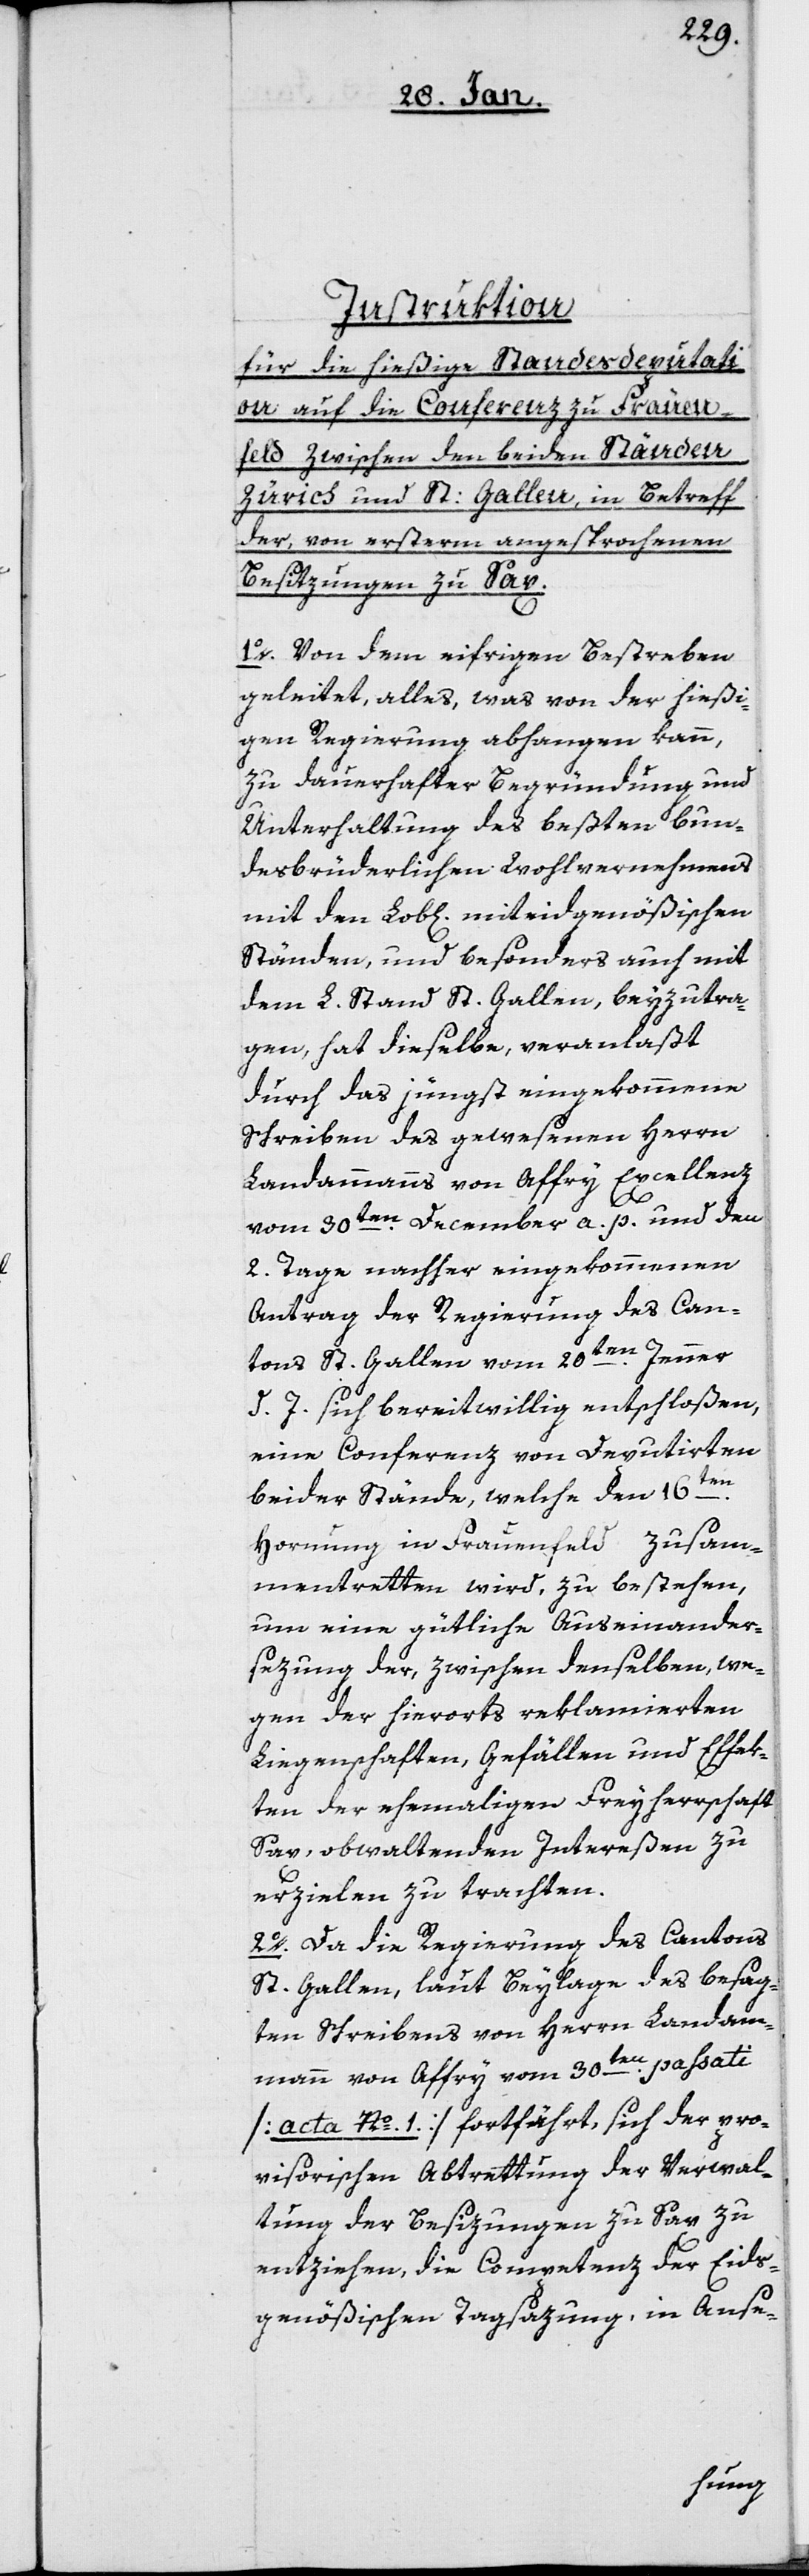
Instruktion
für die hießige Standesdeputati¬
on auf die Conferenz zu Frauen¬
feld zwischen den beiden Ständen
Zürich und St. Gallen, in Betreff
der, von ersterm angesprochenen
Besitzungen zu Sax.
1o. Von dem eifrigen Bestreben
geleitet, alles, was von der hießi¬
gen Regierung abhangen kann,
zu dauerhafter Begründung und
Unterhaltung des beßten bun¬
desbrüderlichen Wohlvernehmens
mit den Lob[lichen] miteidgenößischen
Ständen, und besonders auch mit
dem L. Stand St. Gallen, beyzutra¬
gen, hat dieselbe, veranlaßt
durch das jüngst eingekommene
Schreiben des gewesenen Herrn
Landammanns von Affry Excellenz
vom 30ten. December a. p. und den
2. Tage nachher eingekommenen
Antrag der Regierung des Can¬
tons St. Gallen vom 20ten. Jenner
d. J. sich bereitwillig entschloßen,
eine Conferenz von Deputirten
beider Stände, welche den 16ten.
Hornung in Frauenfeld zusam¬
mentretten wird, zu bestehen,
um eine gütliche Auseinander¬
sezung der, zwischen denselben we¬
gen der hierorts reklamierten
Liegenschaften, Gefällen und Effek¬
ten der ehemaligen Freyherrschaft
Sax, obwaltenden Intereßen zu
erzielen zu trachten.
2o. Da die Regierung des Cantons
St. Gallen, laut Beylage des besag¬
ten Schreibens von Herrn Landam¬
mann von Affry vom 30ten. passati
[acta Nº. 1.] fortfährt, sich der pro¬
visorischen Abtrettung der Verwal¬
tung der Besizungen zu Sax zu
entziehen, die Competenz der Eids¬
genößischen Tagsazung, in Anse-